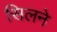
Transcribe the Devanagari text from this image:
सिलने